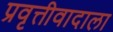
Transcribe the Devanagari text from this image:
प्रवृत्तीवादाला